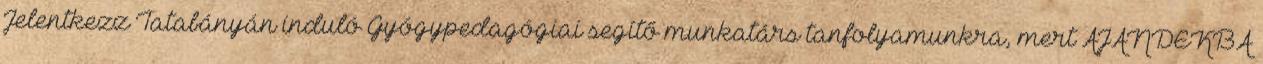
Jelentkezz Tatabányán induló Gyógypedagógiai segítő munkatárs tanfolyamunkra, mert AJÁNDÉKBA